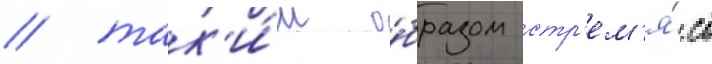
/ так'и́м о́бразом стр'ем'я́сь